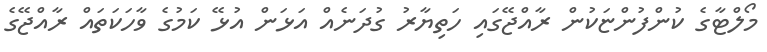
މޯލްޓާގެ ކުންފުންޏަކުން ރާއްޖޭގައި ހަތިޔާރު ގުދަނެއް އަޅަން އުޅޭ ކަމުގެ ވާހަކަތައް ރާއްޖޭގެ